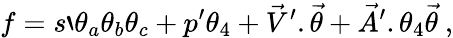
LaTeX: f=s`\theta_{a}\theta_{b}\theta_{c}+p^{\prime}\theta_{4}+{\vec{V}}^{\prime}.{\vec{\theta}}+{\vec{A}}^{\prime}.\theta_{4}{\vec{\theta}}\ ,